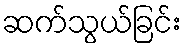
ဆက်သွယ်ခြင်း